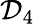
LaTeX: {\cal D}_{4}